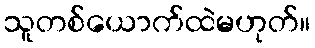
သူတစ်ယောက်ထဲမဟုတ်။